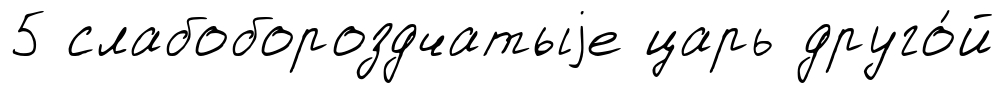
5 слабобороздчатыjе царь друго́й